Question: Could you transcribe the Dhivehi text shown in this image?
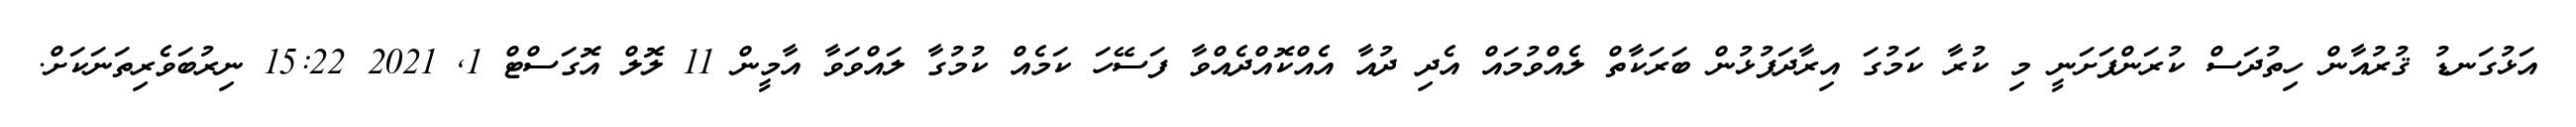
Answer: އަޅުގަނޑު ޤުރުއާން ހިތުދަސް ކުރަންފަށަނީ މި ކުރާ ކަމުގަ އިރާދަފުޅުން ބަރަކާތް ލެއްވުމައް އެދި ދުއާ އެއްކޮއްދެއްވާ ފަސޭހަ ކަމެއް ކުމުގާ ލައްވަވާ އާމީން 11 ލޮލް އޮގަސްޓް 1, 2021 15:22 ނިރުބަވެރިތަނަކަށް.